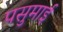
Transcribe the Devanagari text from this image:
पसुमाई